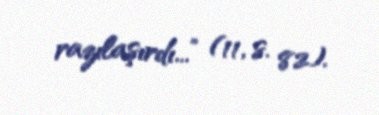
razılaşırdı...” (11, s. 82).